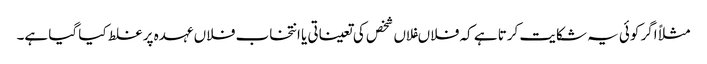
مثلاً اگر کوئی یہ شکایت کرتا ہے کہ فلاںفلاں شخص کی تعیناتی یا انتخاب فلاں عہدہ پر غلط کیا گیا ہے۔